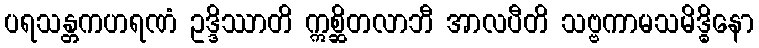
ပရသန္တကဟရဏံ ဥဒ္ဒိဿာတိ ဣစ္ဆိတလာဘီ အာလပီတိ သဗ္ဗကာမသမိဒ္ဓိနော